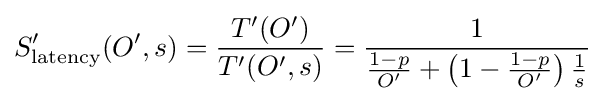
S'_{\text{latency}}(O',s)={\frac {T'(O')}{T'(O',s)}}={\frac {1}{{\frac {1-p}{O'}}+\left(1-{\frac {1-p}{O'}}\right){\frac {1}{s}}}}